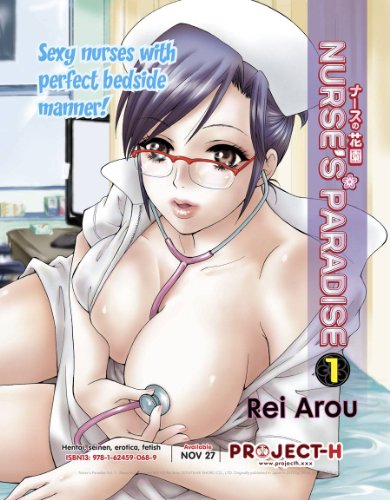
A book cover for Nurse's Paradise Vol. 1 (Hentai Manga); Rei Arou; Comics & Graphic Novels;